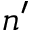
n ^ { \prime }